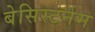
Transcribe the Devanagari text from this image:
बेसिस्टर्नम